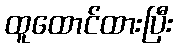
ထူထောင်ထားပြီး